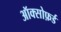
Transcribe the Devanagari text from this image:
ऑक्सोफ़र्ड